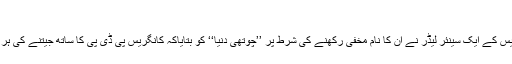
‘‘
دریں اثنا ء ریاستی کانگریس کے ایک سینئر لیڈر نے ان کا نام مخفی رکھنے کی شرط پر ’’چوتھی دُنیا‘‘ کو بتایاکہ کانگریس پی ڈی پی کا ساتھ جیتنے کی ہر ممکن کوشش کررہی ہے۔